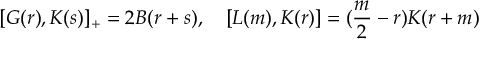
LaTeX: U = \left[ \begin{array} { c c c } { { 1 } } & { { 0 } } & { { 0 } } \\ { { 0 } } & { { c _ { 2 3 } } } & { { s _ { 2 3 } } } \\ { { 0 } } & { { - s _ { 2 3 } } } & { { c _ { 2 3 } } } \end{array} \right] \left[ \begin{array} { c c c } { { c _ { 1 3 } } } & { { 0 } } & { { s _ { 1 3 } } } \\ { { 0 } } & { { 1 } } & { { 0 } } \\ { { - s _ { 1 3 } } } & { { 0 } } & { { c _ { 1 3 } } } \end{array} \right] \left[ \begin{array} { c c c } { { c _ { 1 2 } } } & { { s _ { 1 2 } } } & { { 0 } } \\ { { - s _ { 1 2 } } } & { { c _ { 1 2 } } } & { { 0 } } \\ { { 0 } } & { { 0 } } & { { 1 } } \end{array} \right] ,